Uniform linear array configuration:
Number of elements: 12
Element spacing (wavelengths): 0.25
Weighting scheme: hamming
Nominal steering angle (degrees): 45
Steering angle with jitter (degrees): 45.708
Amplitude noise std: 0.05
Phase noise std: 0.05

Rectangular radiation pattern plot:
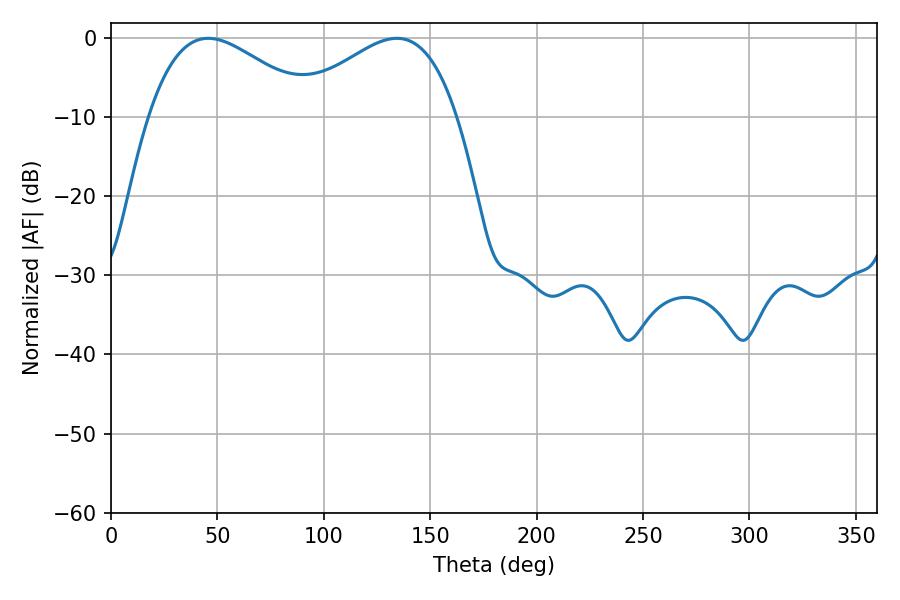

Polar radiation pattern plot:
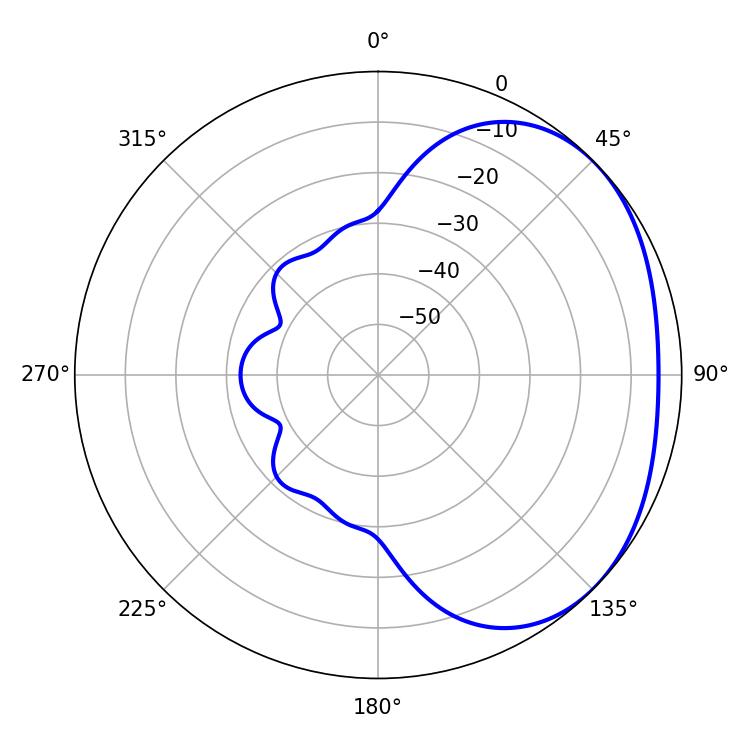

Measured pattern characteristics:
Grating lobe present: FALSE
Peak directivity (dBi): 2.306
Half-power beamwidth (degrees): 42.3
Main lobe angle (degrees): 45.72